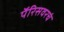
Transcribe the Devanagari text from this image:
पॅरिसवरचं